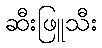
ဆီးဖြူသီး